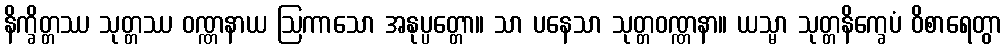
နိက္ခိတ္တဿ သုတ္တဿ ဝဏ္ဏနာယ ဩကာသော အနုပ္ပတ္တော။ သာ ပနေသာ သုတ္တဝဏ္ဏနာ။ ယသ္မာ သုတ္တနိက္ခေပံ ဝိစာရေတွာ